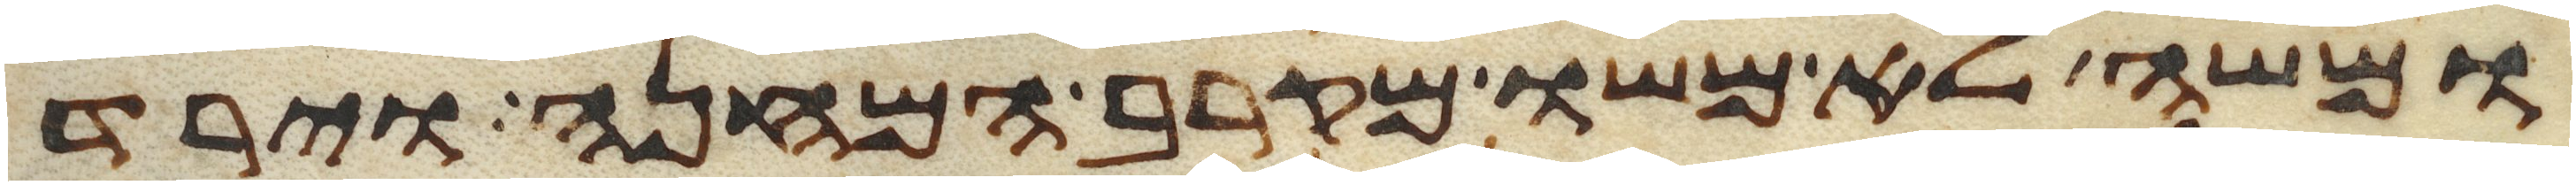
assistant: ומשה לא משו מקרב המחנה וירד